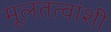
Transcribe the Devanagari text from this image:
मूलतत्वांशी